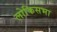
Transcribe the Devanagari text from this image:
लोकिसभा